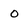
Character: 0